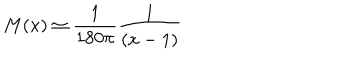
M ( x ) \simeq { \frac { 1 } { 1 8 0 \pi } } { \frac { 1 } { ( x - 1 ) } }